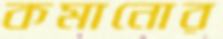
কমানোর